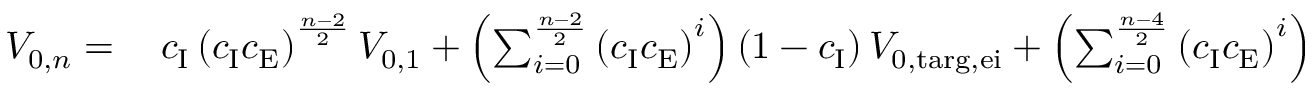
\begin{array} { r l } { V _ { \mathrm { 0 } , n } = \: } & { { } c _ { \mathrm { I } } \left( c _ { \mathrm { I } } c _ { \mathrm { E } } \right) ^ { \frac { n - 2 } { 2 } } V _ { \mathrm { 0 , 1 } } + \left( \sum _ { i = 0 } ^ { \frac { n - 2 } { 2 } } \left( c _ { \mathrm { I } } c _ { \mathrm { E } } \right) ^ { i } \right) \left( 1 - c _ { \mathrm { I } } \right) V _ { \mathrm { 0 , t a r g , e i } } + \left( \sum _ { i = 0 } ^ { \frac { n - 4 } { 2 } } \left( c _ { \mathrm { I } } c _ { \mathrm { E } } \right) ^ { i } \right) c _ { \mathrm { I } } \left( 1 - c _ { \mathrm { E } } \right) V _ { \mathrm { 0 , t a r g , e e } } } \end{array}